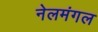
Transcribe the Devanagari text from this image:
नेलमंगल